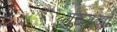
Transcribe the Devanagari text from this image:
गुरुमन्त्रो